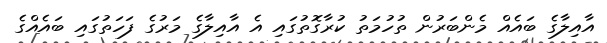
އާއިލާގެ ބައެއް މެންބަރުން ތުހުމަތު ކުރާގޮތުގައި އެ އާއިލާގެ މަރުގެ ފަހަތުގައި ބައެއްގެ